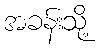
အခန်းသို့